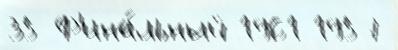
35 Ф'ина́льный 1961 1957